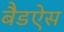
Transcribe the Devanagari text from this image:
बैडऐस